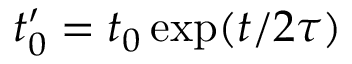
t _ { 0 } ^ { \prime } = t _ { 0 } \exp ( t / 2 \tau )